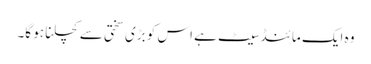
وہ ایک مائنڈسیٹ ہے اس کو بڑی سختی سے کچلنا ہو گا۔